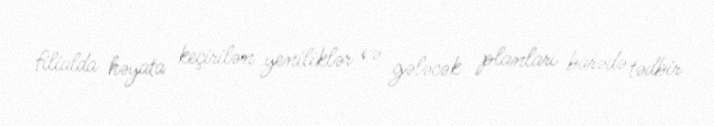
filialda həyata keçirilən yeniliklər və gələcək planları barədə tədbir